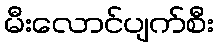
မီးလောင်ပျက်စီး